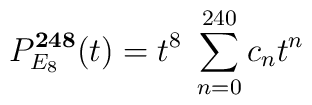
P_{E_8}^{\bf 248}(t) = t^8 \; \sum_{n=0}^{240} c_n t^n